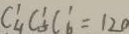
C ^ { 1 } _ { 4 } C _ { 5 } ^ { 1 } C _ { 6 } ^ { 1 } = 1 2 0